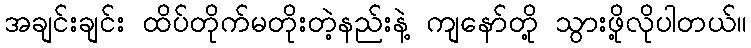
အချင်းချင်း ထိပ်တိုက်မတိုးတဲ့နည်းနဲ့ ကျနော်တို့ သွားဖို့လိုပါတယ်။